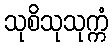
သုစိသုသုက္ကံ